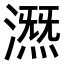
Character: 𣾤